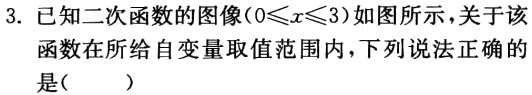
3. 已知二次函数的图像\((0\leqslant x\leqslant3)\)如图所示，关于该函数在所给自变量取值范围内，下列说法正确的是（  ）